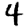
Digit: 4